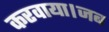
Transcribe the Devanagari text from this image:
करवाया।जब